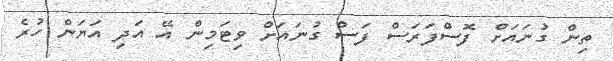
ތިން ގުނައަށް ފޮސްފަރަސް ފަސް ގުނައަށް ވިޓަމިން އޭ އަދި އަޔަން ހުރެ